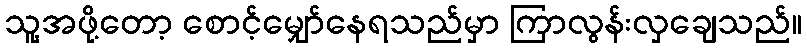
သူ့အဖို့တော့ စောင့်မျှော်နေရသည်မှာ ကြာလွန်းလှချေသည်။